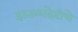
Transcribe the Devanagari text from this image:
हातळादेवीचे